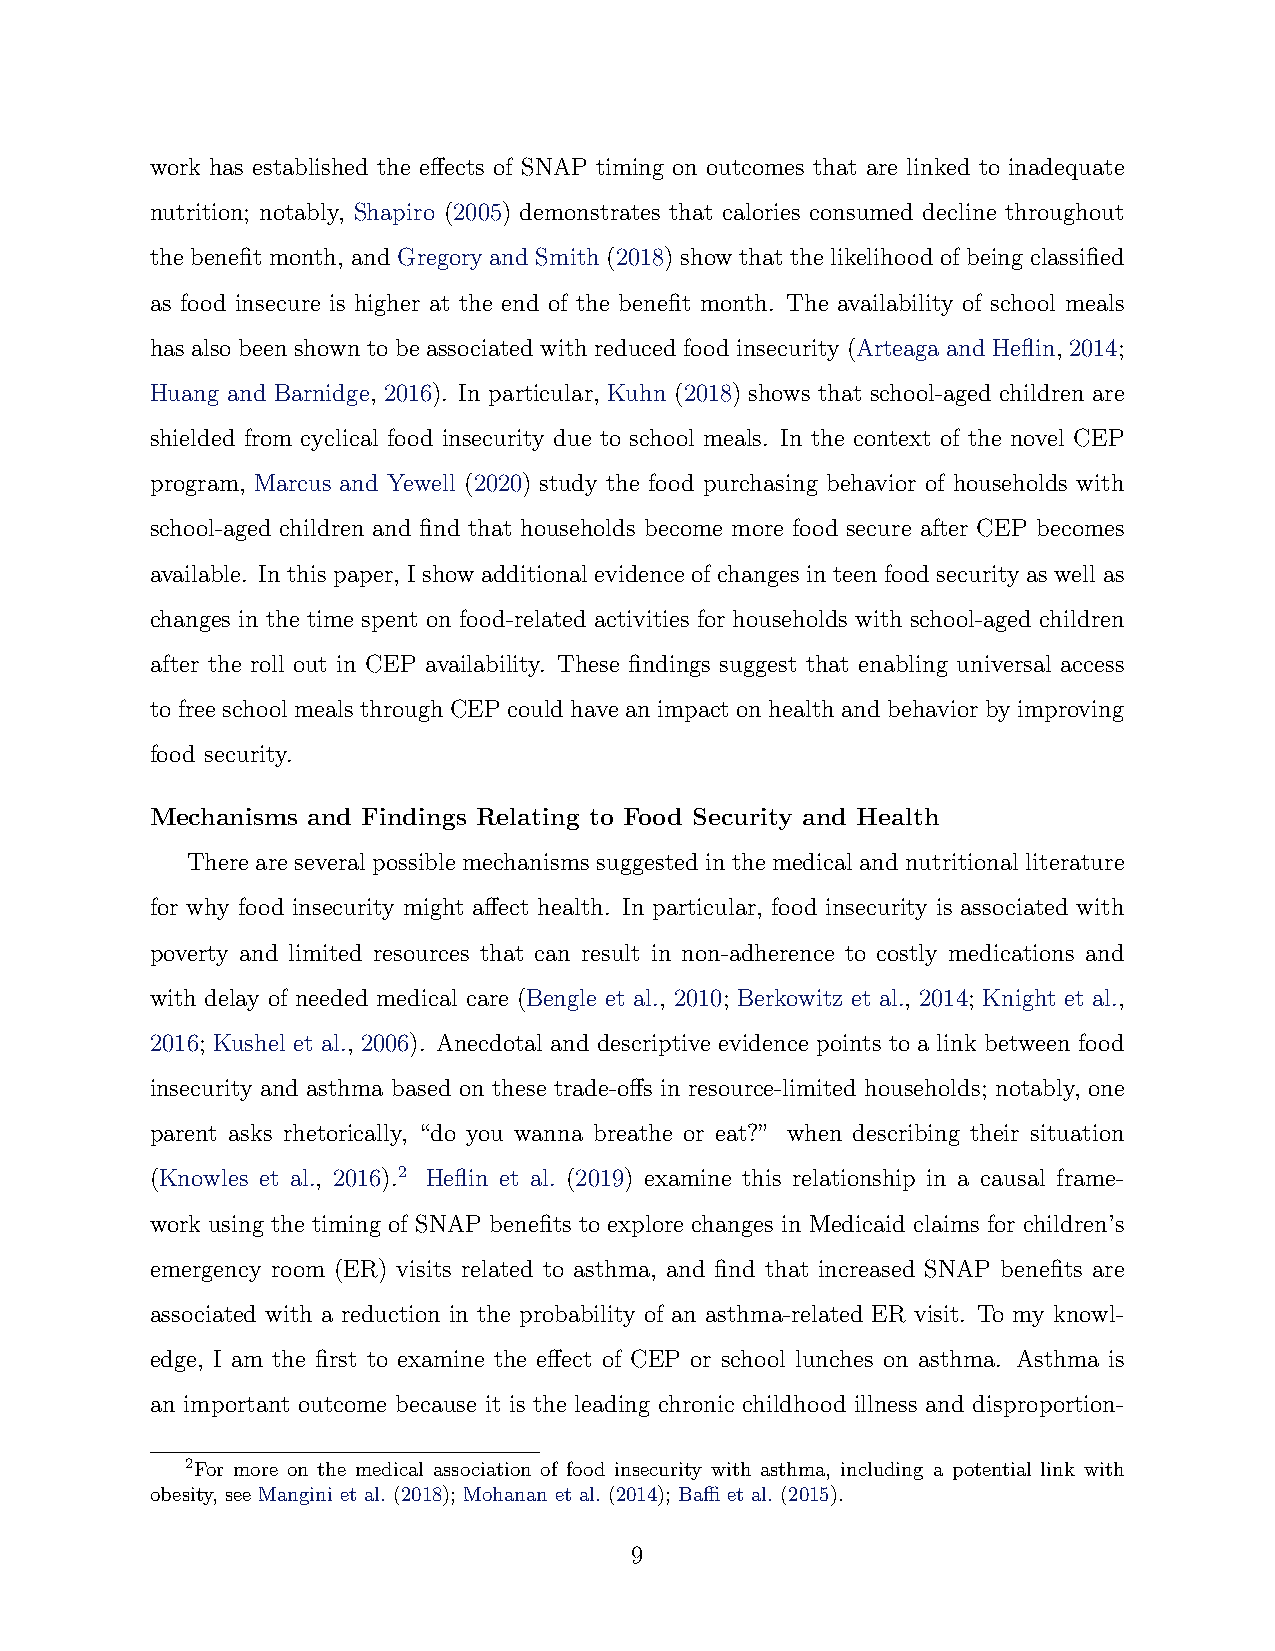
work has established the effects of SNAP timing on outcomes that are linked to inadequate
 nutrition; notably, Shapiro (2005) demonstrates that calories consumed decline throughout
 the benefit month, and Gregory and Smith (2018) show that the likelihood of being classified
 as food insecure is higher at the end of the benefit month. The availability of school meals
 has also been shown to be associated with reduced food insecurity (Arteaga and Heflin, 2014;
 Huang and Barnidge, 2016). In particular, Kuhn (2018) shows that school-aged children are
 shielded from cyclical food insecurity due to school meals. In the context of the novel CEP
 program, Marcus and Yewell (2020) study the food purchasing behavior of households with
 school-aged children and find that households become more food secure after CEP becomes
 available. In this paper, I show additional evidence of changes in teen food security as well as
 changes in the time spent on food-related activities for households with school-aged children
 after the roll out in CEP availability. These findings suggest that enabling universal access
 to free school meals through CEP could have an impact on health and behavior by improving
 food security.
 Mechanisms and Findings Relating to Food Security and Health
 There are several possible mechanisms suggested in the medical and nutritional literature
 for why food insecurity might affect health. In particular, food insecurity is associated with
 poverty and limited resources that can result in non-adherence to costly medications and
 with delay of needed medical care (Bengle et al., 2010; Berkowitz et al., 2014; Knight et al.,
 2016; Kushel et al., 2006). Anecdotal and descriptive evidence points to a link between food
 insecurity and asthma based on these trade-offs in resource-limited households; notably, one
 parent asks rhetorically, “do you wanna breathe or eat?” when describing their situation
 (Knowles et al., 2016).2 Heflin et al. (2019) examine this relationship in a causal frame-
 work using the timing of SNAP benefits to explore changes in Medicaid claims for children’s
 emergency room (ER) visits related to asthma, and find that increased SNAP benefits are
 associated with a reduction in the probability of an asthma-related ER visit. To my knowl-
 edge, I am the first to examine the effect of CEP or school lunches on asthma. Asthma is
 an important outcome because it is the leading chronic childhood illness and disproportion-
 2For more on the medical association of food insecurity with asthma, including a potential link with
 obesity, see Mangini et al. (2018); Mohanan et al. (2014); Baffi et al. (2015).
 9